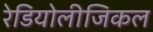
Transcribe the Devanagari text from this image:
रेडियोलीजिकल